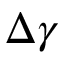
\Delta \gamma